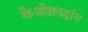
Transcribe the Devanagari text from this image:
केओक्रादांग